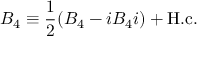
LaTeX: { \cal B } _ { 4 } \equiv \frac { 1 } { 2 } ( B _ { 4 } - i B _ { 4 } i ) + \mathrm { H . c . }